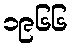
၁၉၆၆